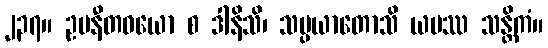
၂၃၇။ ဥပနီတဝယော စ ဒါနိသိ၊ သမ္ပယာတောသိ ယမဿ သန္တိကံ။